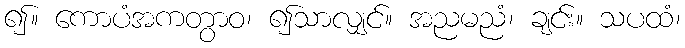
၍။ ကောပံအကတွာဝ၊ ၍သာလျှင်။ အညမညံ၊ ချင်း။ သပထံ၊